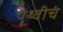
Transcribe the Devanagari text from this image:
पृथ्वीचं